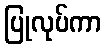
ပြုလုပ်ကာ